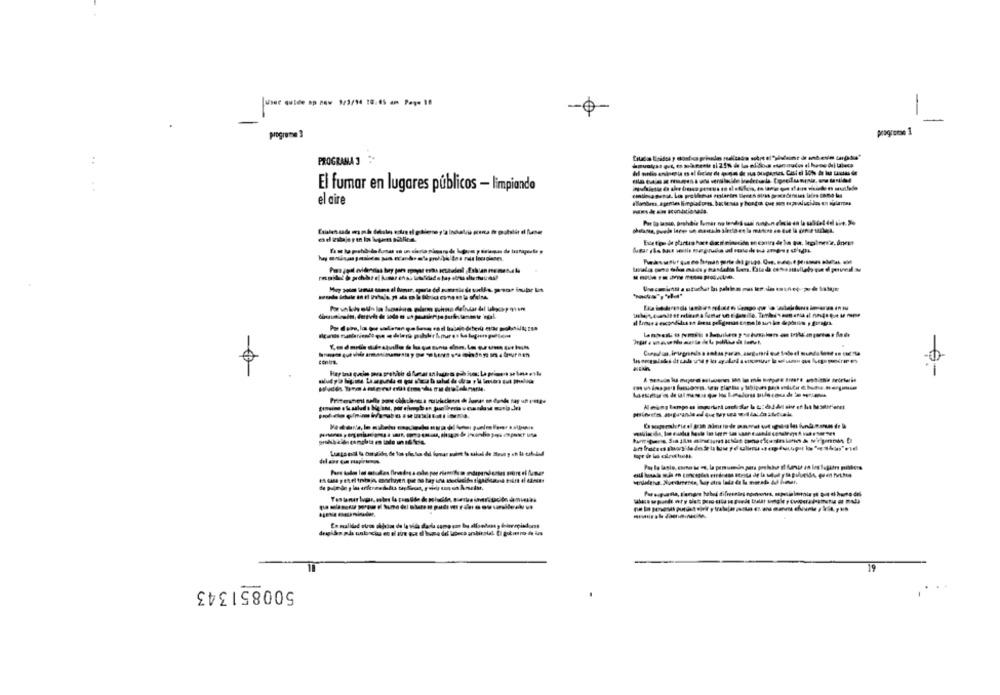
User Guide sp new 1/3/14 10:45 am Paye 10
-
progroese 1
programe 3
PROGRAMA 3
..
edel taleco
El fumar en lugares públicos - limpiando
el aire
tenint.
500851343